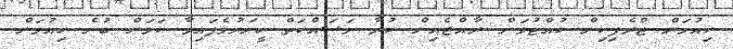
ހިއުމަން ޓްރެފިކިން ހުއްޓުވަން ރާއްޖެއިން ކުރާ މަސައްކަތް ހީނަރުވެފައިވާ ކަމަށް ބުނެ ހިއުމަން